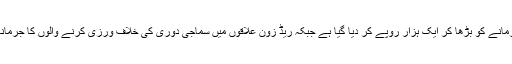
پبلک مقامات پر ماسک نہ پہننے کے جرمانے کو بڑھا کر ایک ہزار روپے کر دیا گیا ہے جبکہ ریڈ زون علاقوں میں سماجی دوری کی خلاف ورزی کرنے والوں کا جرمانہ بڑھا کر دس ہزار روپے کردیا گیا ہے۔